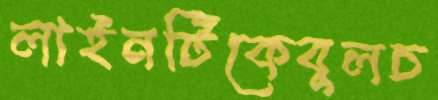
লাইনটিকেবুলচ